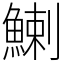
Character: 鯻